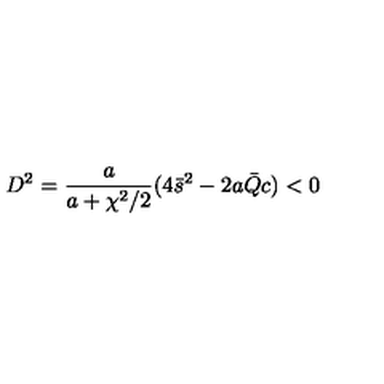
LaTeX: D ^ { 2 } = \frac { a } { a + \chi ^ { 2 } / 2 } ( 4 \bar { s } ^ { 2 } - 2 a \bar { Q } c ) < 0